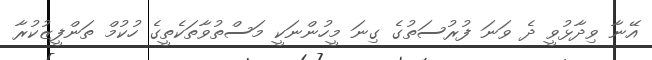
އޭނާ ވިދާޅުވީ ދެ ވަނަ ފުރުސަތުގެ ގިނަ މީހުންނަކީ މަސްތުވާތަކެތީގެ ހުކުމް ތަންފީޒުކުރާ